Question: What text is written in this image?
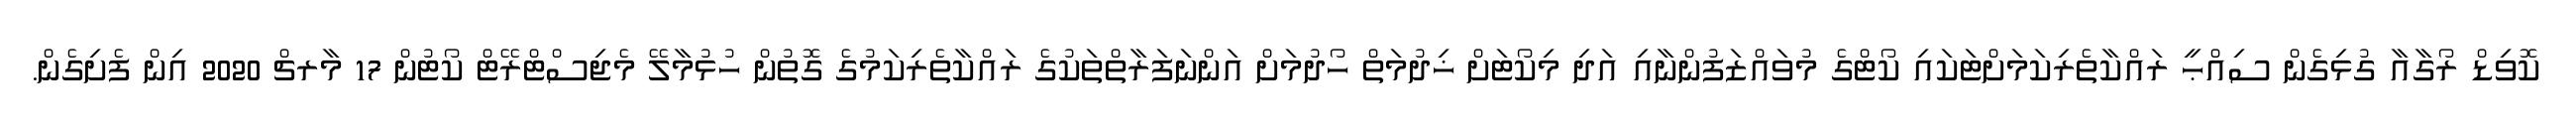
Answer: ކޮވިޑް ރޯގާއާ ގުޅިގެން ސިއްޙީ ރައްކާތެރިކަމަށްޓަކައި ކޯޓްގެ މުވައްޒަފުންނާއި އަދި މިކޯޓަށް ޚިދުމަތް ހޯދުމަށް އަންނަފަރާތްތަކުގެ ރައްކާތެރިކަމުގެ ގޮތުން ހުޅުމާލޭ މެޖިސްޓްރޭޓް ކޯޓުން 17 މާރޗް 2020 އިން ފެށިގެން.